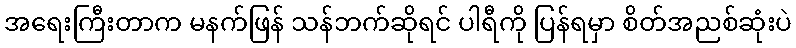
အရေးကြီးတာက မနက်ဖြန် သန်ဘက်ဆိုရင် ပါရီကို ပြန်ရမှာ စိတ်အညစ်ဆုံးပဲ